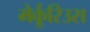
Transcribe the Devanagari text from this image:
मेर्कूरिउस